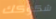
شكوكك